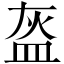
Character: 盔